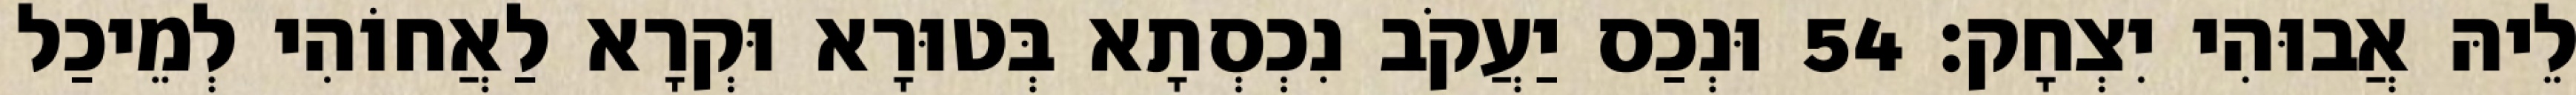
לֵיהּ אֲבוּהִי יִצְחָק׃ 54 וּנְכַס יַעֲקֹב נִכְסְתָא בְּטוּרָא וּקְרָא לַאֲחוֹהִי לְמֵיכַל